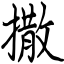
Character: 撒